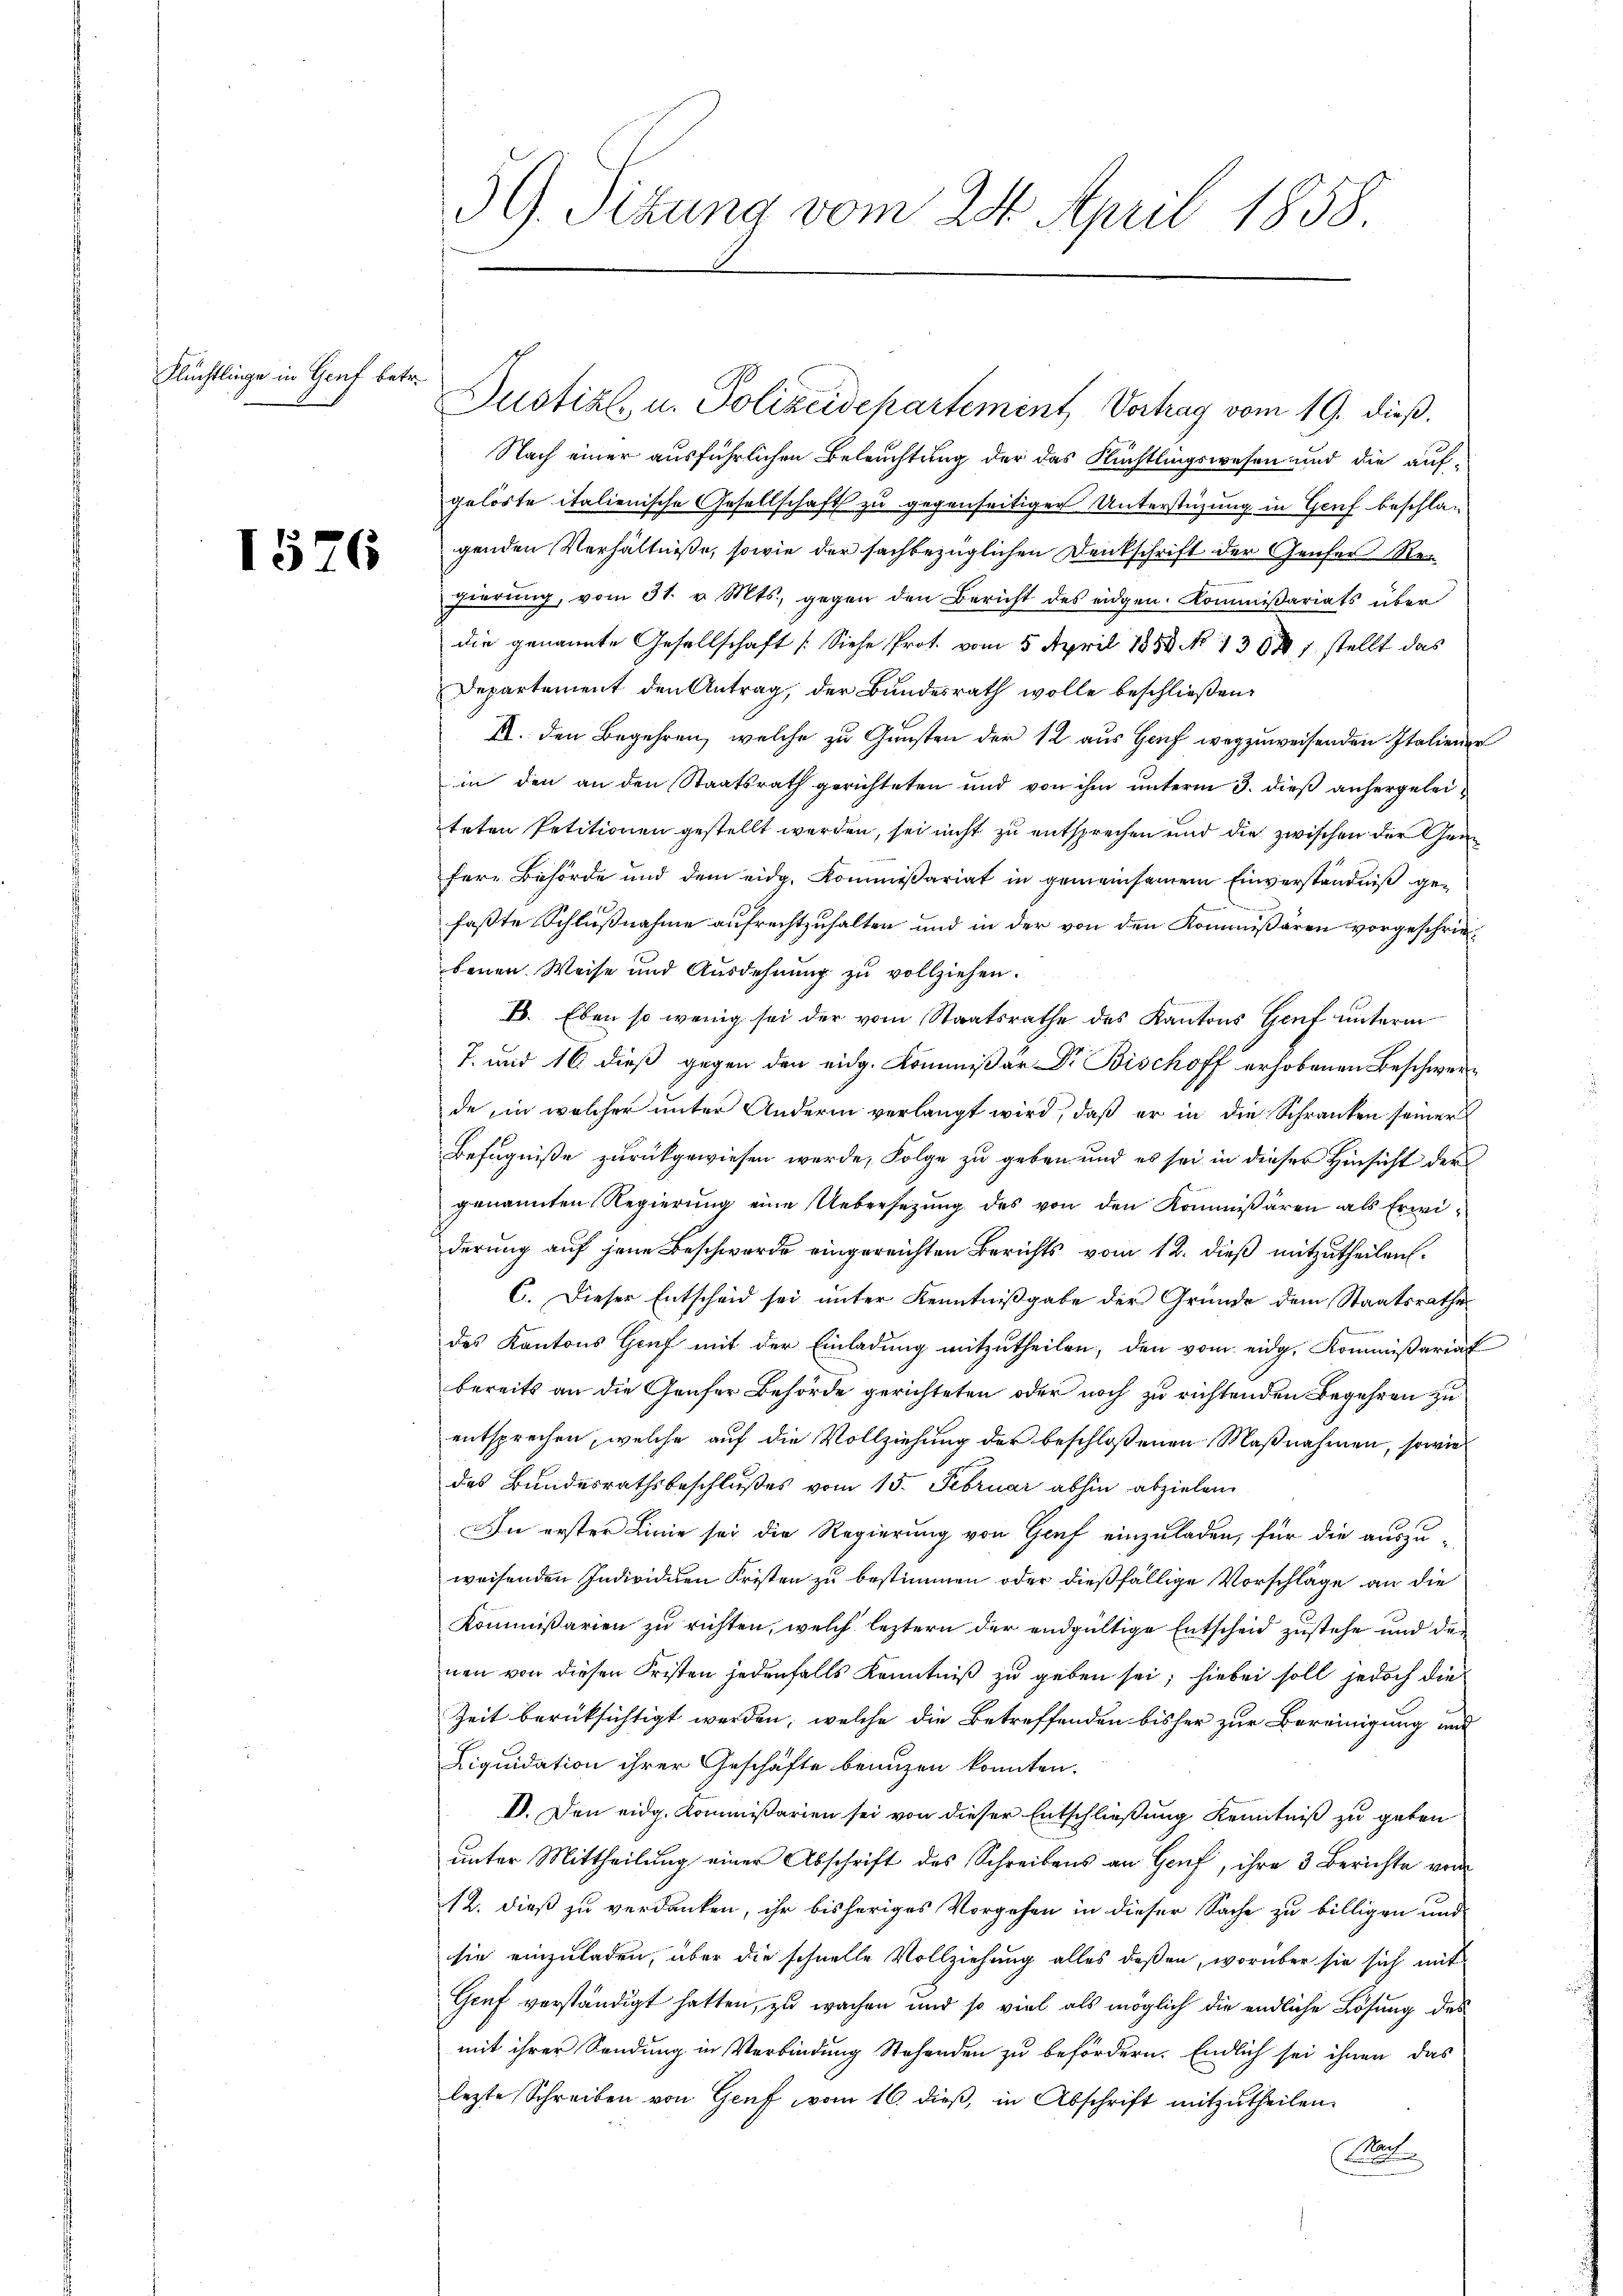
Flüchtlinge in Genf betr.

1576

Nach einer ausführlichen Beleuchtung der das Flüchtlingswesen und die auf-
gelöste italienische Gesellschaft zu gegenseitiger Unterstüzung in Genf beschlagenden Verhältniße, sowie der sachbezüglichen Denkschrift der Genfer Rengierŭng, vom 31. v. Mts. gegen den Bericht des eidgen. Kommißariats über
die genannte Gesellschaft (Siehe Prot. vom 5. April 1859. No 1308) stellt das
Departement den Antrag, der Bundesrath wolle beschließen.
R. den Begehren, welche zu Gunsten der 12 aus Hof wegzuweisenden Italiener
in den an den Staatsrath gerichteten und von ihm unterm 3. dieß anhergeleiteten Petitionen gestellt werden, sei nicht zu entsprechen und die zwischen der Grafere Behörde und dem eidg. Kommißariat in gemeinsamen Einverständniß gefaßte Schlußnahme aufrechtzuhalten und in der von den Kommißären vorgeschriebenen Weise und Ausdehnung zu vollziehen.
B. Eben so wenig sei der vom Staatsrathe des Kantons Genf unterm
7. und 16. dieß gegen den eidg. Kommißär Dr. Bischoff erhobenen Beschwerde, in welcher unter Andern verlangt wird, daß er in die Schranken seiner
Befugniße zurückgewiesen werde, Folge zu geben und es sei in dieser Hinsicht der
genannten Regierung eine Uebersetzung des von den Kommißären als Erwiderung auf jene Beschwerde eingereichten Berichts vom 12. dieß mitzutheilen.
C. Dieser Entscheid sei unter Kenntnißgabe der Gründe dem Staatsrathe
des Kantons Genf mit der Einladung mitzutheilen, den vom eidg. Kommißariat
bereits an die Genfer Behörde gerichteten oder noch zu richtenden Begehren zu
entsprechen, welche auf die Vollziehung der beschloßenen Maßnahmen, sowie
des Bundesrathsbeschlußes vom 15. Februar abhin abzielen
In erster Linie sei die Regierung von Genf einzuladen, für die auszuweisenden Individuen Fristen zu bestimmen oder dießfällige Vorschläge an die
Kommissarien zu richten, welch leztern der endgültige Entscheid zustehe und den
nen von diesen Fristen jedenfalls Kenntniß zu geben sei; hiebei soll jedoch die
Zeit berüksichtigt werden, welche die Betreffenden bisher zur Bereinigung und
Liquidation ihrer Geschäfte benuzen konnten.
II. Den eidg. Kommißarien sei von dieser Entschließung Kenntniß zu geben
unter Mittheilung einer Abschrift des Schreibens an Genf, ihre 3 Berichte von
12. dieß zu verdanken, ihr bisheriges Vorgehen in dieser Sache zu billigen und
sie einzuladen, über die schnelle Vollziehung alles deßen, worüber sie sich mit
Gruf verständigt hatten, zu wachen und so viel als möglich die endliche Lösung des
mit ihrer Sendung in Verbindung Stehenden zu befördern. Endlich sei ihnen das
lezte Schreiben von Genf vom 16. dieβ, in Abschrift mitzŭtheilen.
Ma

59. Sitzung vom 24. April 1858

Justizl, u. Polizeidepartement Vertrag vom 19. dieß.